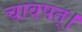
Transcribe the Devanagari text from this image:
चावपत्।